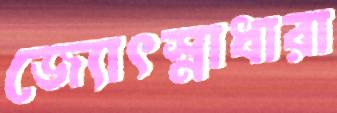
জ্যোৎস্নাধারা